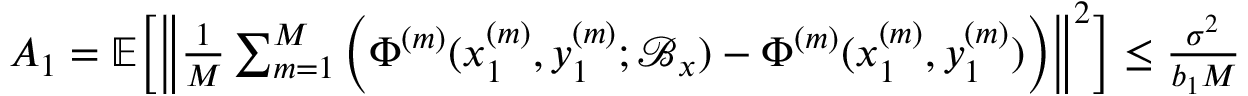
\begin{array} { r } { A _ { 1 } = \mathbb { E } \bigg [ \bigg \| \frac { 1 } { M } \sum _ { m = 1 } ^ { M } \bigg ( \Phi ^ { ( m ) } ( x _ { 1 } ^ { ( m ) } , y _ { 1 } ^ { ( m ) } ; \mathcal { B } _ { x } ) - \Phi ^ { ( m ) } ( x _ { 1 } ^ { ( m ) } , y _ { 1 } ^ { ( m ) } ) \bigg ) \bigg \| ^ { 2 } \bigg ] \leq \frac { \sigma ^ { 2 } } { b _ { 1 } M } } \end{array}